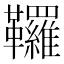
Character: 𩎊